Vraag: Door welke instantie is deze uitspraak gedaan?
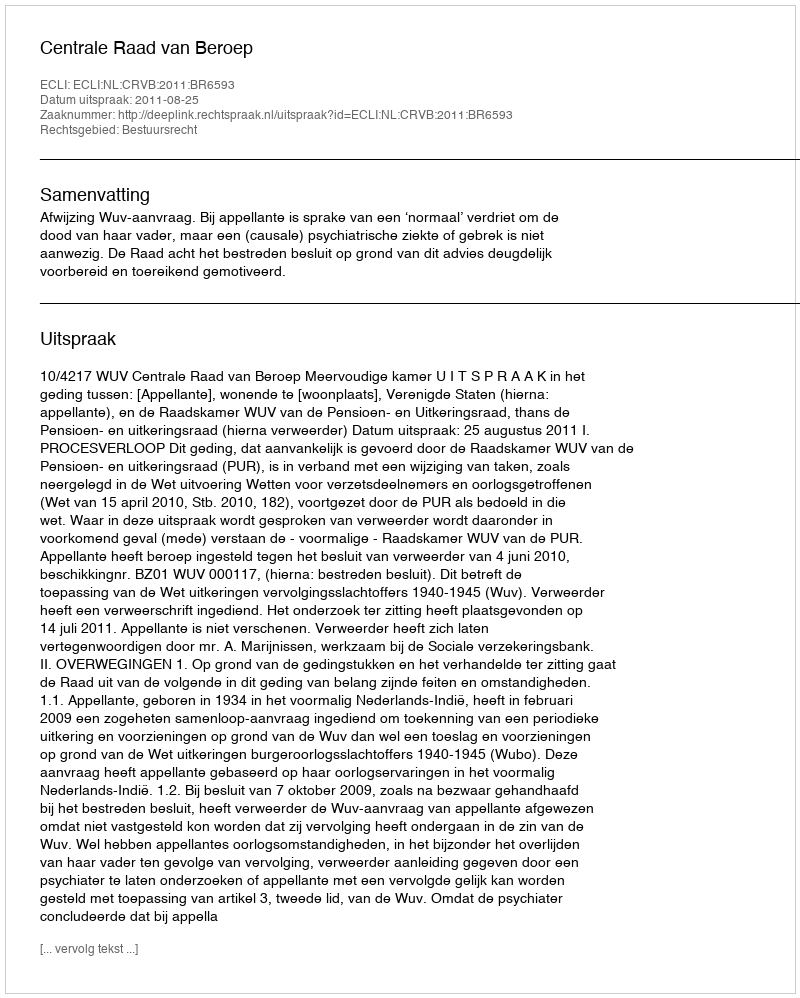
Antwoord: Centrale Raad van Beroep